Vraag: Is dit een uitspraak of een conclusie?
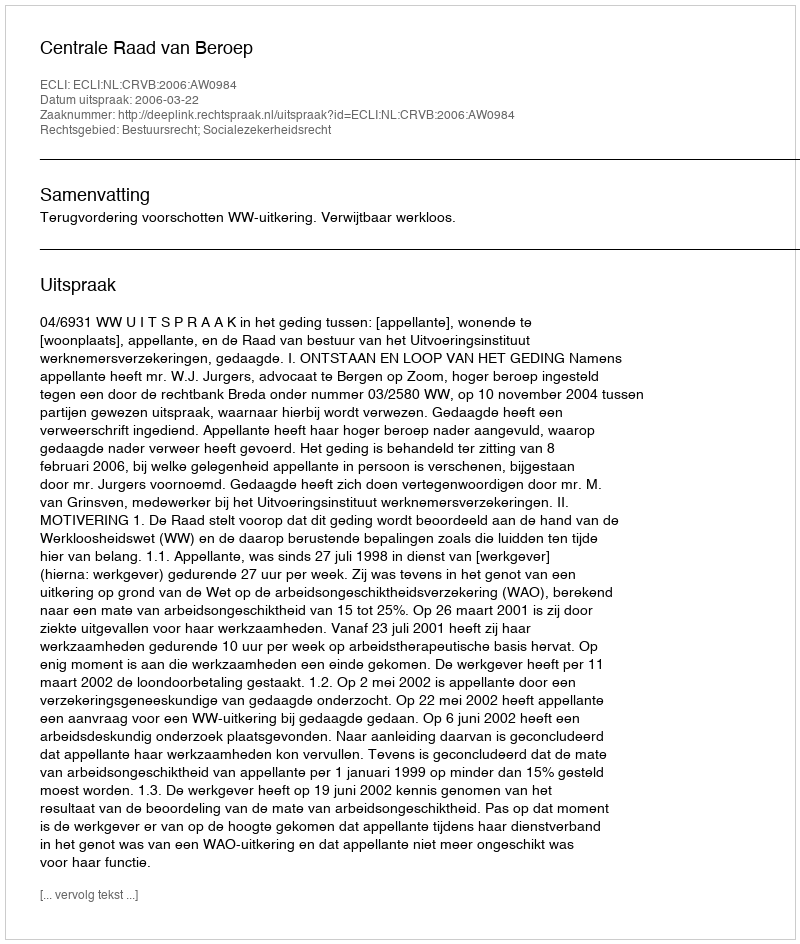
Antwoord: Uitspraak